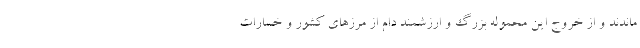
ماندند و از خروج این محموله بزرگ و ارزشمند دام از مرزهای کشور و خسارات